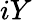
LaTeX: iY